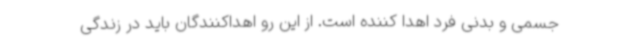
جسمی و بدنی فرد اهدا کننده است. از این رو اهداکنندگان باید در زندگی